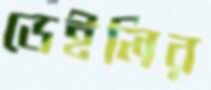
ডেইলির